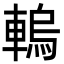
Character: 䡧